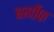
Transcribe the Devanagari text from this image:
बर्गोफ